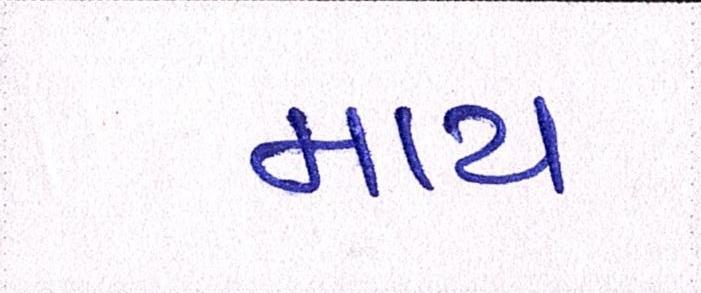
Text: માય